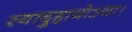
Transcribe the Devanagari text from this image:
स्वादुहायोऽया।